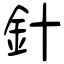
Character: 針